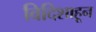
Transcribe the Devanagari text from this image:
विदिशाहून